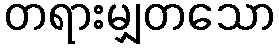
တရားမျှတသော